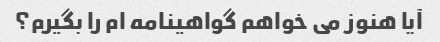
آیا هنوز می خواهم گواهینامه ام را بگیرم؟